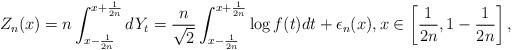
LaTeX: \begin{align*}Z_n(x) = n \int_{x-\frac{1}{2n}}^{x+\frac{1}{2n}} dY_t = \frac{n}{\sqrt{2}} \int_{x-\frac{1}{2n}}^{x+\frac{1}{2n}} \log f(t) dt + \epsilon_n (x),x\in\left[ \frac{1}{2n}, 1-\frac{1}{2n} \right],\end{align*}